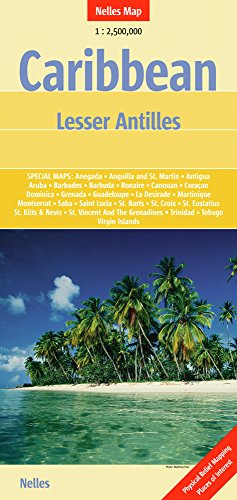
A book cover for Caribbean Lesser Antilles Nelle 1:2.5M; Nelles Map; Travel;